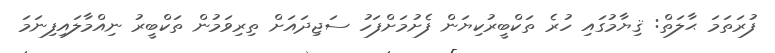
ފުރަތަމަ ޙާލަތް: ޤިޔާމުގައި ހުރެ ތަކްބީރުކިޔަން ފެށުމަށްފަހު ސަޖިދައަށް ތިރިވަމުން ތަކްބީރު ނިއްމާލައިފިނަމަ